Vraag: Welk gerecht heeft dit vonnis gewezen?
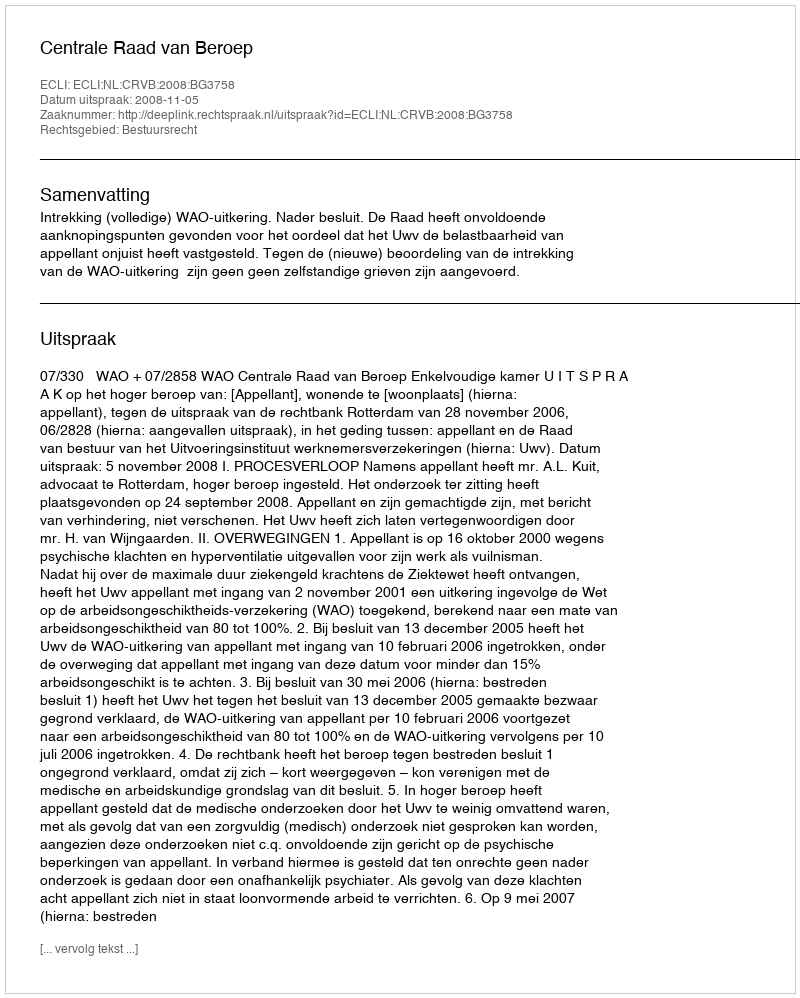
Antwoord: Centrale Raad van Beroep